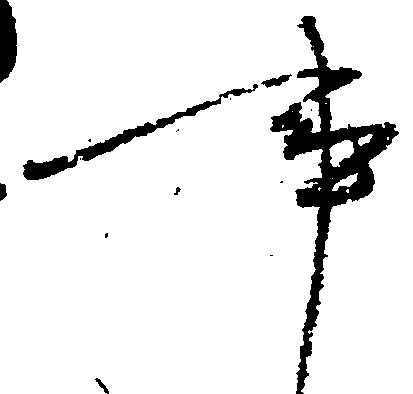
事